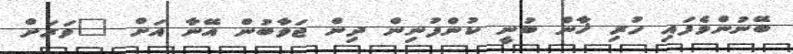
ބޭނުންވެފައި ހުރި ޚާން ބުނީ ކުންފުނިން ދިން ޖަވާބުން އޭނާ އަށް "ވަރަށް